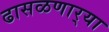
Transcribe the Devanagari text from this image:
ढासळणार्‍या